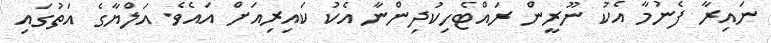
ނައިރާ ފެނުމާ އެކު ނޫރީން ރައްޓެހިކުދިންނާ އެކު ކައިރިއަށް އައެވެ. އަލްޔާގެ އަތުގައި